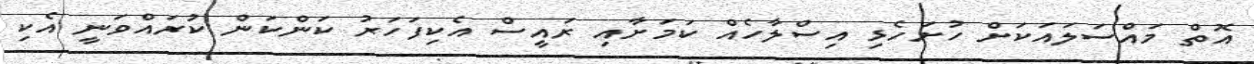
އޮތް މައްސަލައަކަށް ހުށަހެޅި އިސްލާހެއް ކަމަށާއި ރައީސް އެކިފަހަރު ކަންކަން ކުރައްވަނީ އެކި